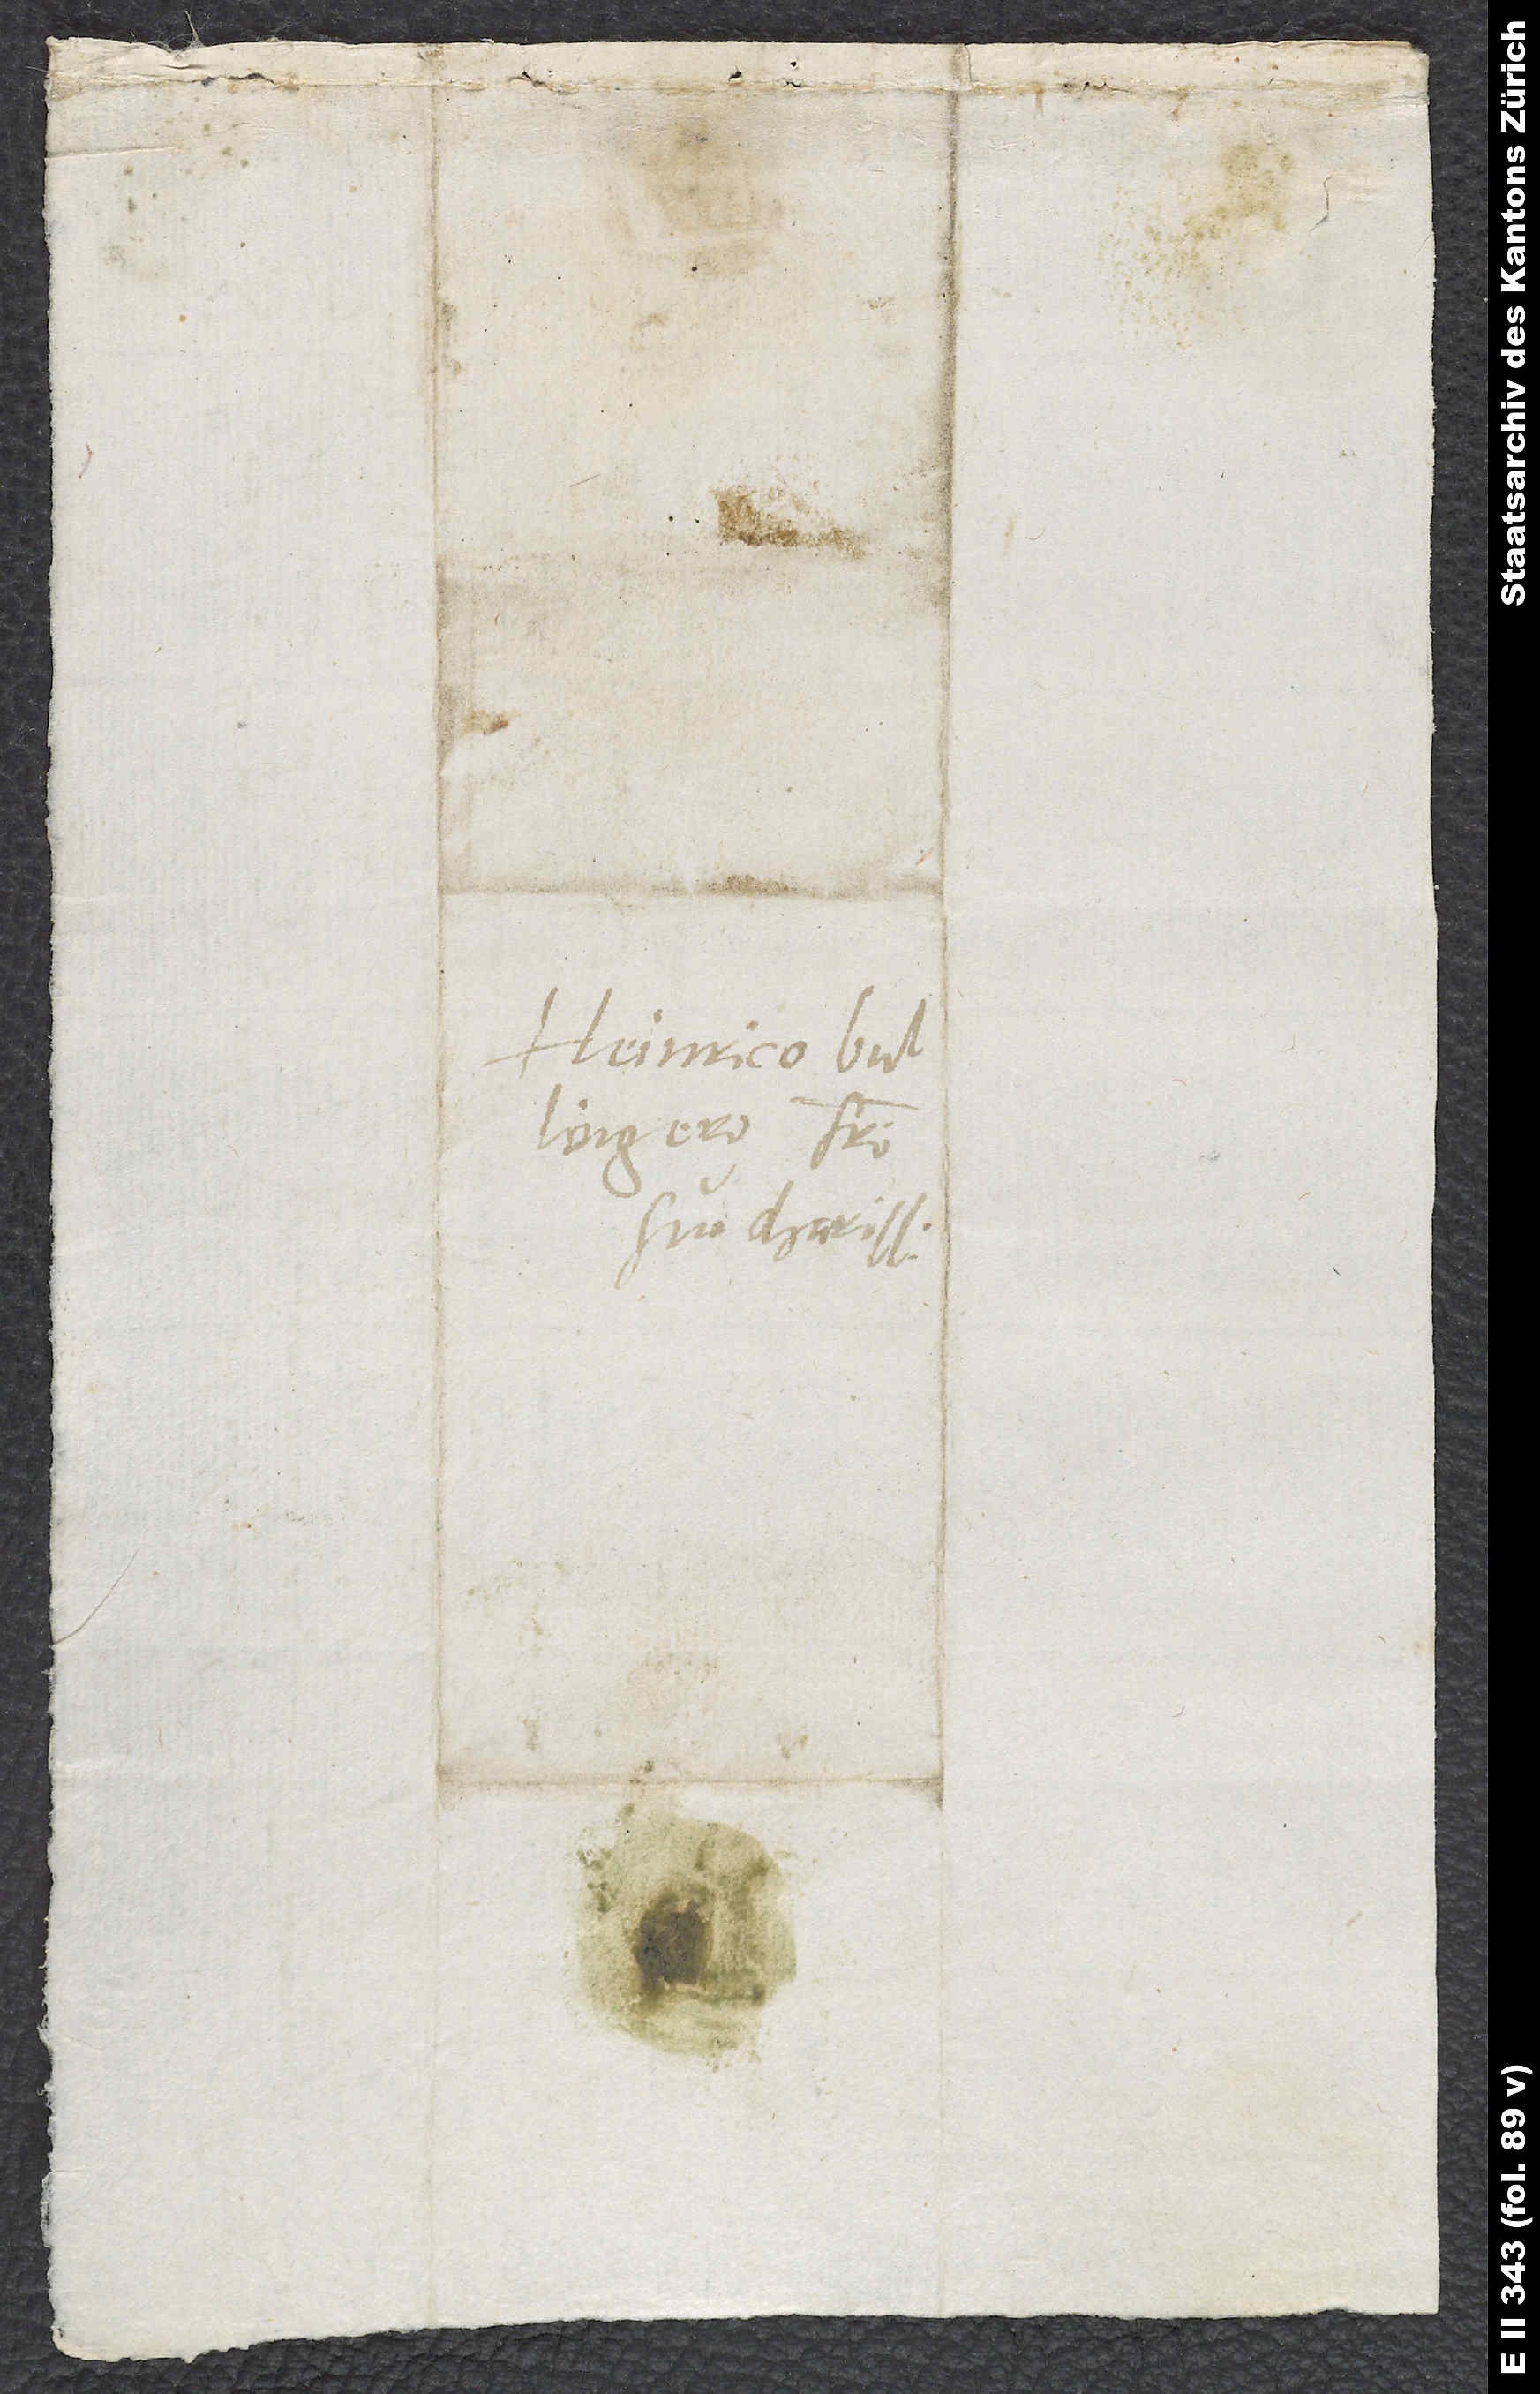
Bullingero, fratri
suo charissimo.